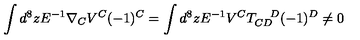
\int d ^ { 8 } z E ^ { - 1 } \nabla _ { C } V ^ { C } ( - 1 ) ^ { C } = \int d ^ { 8 } z E ^ { - 1 } V ^ { C } T _ { C D } ^ { \quad D } ( - 1 ) ^ { D } \neq 0